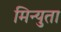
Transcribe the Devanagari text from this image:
मिन्युता